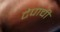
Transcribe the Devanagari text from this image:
टेपाची